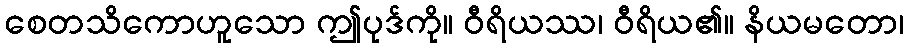
စေတသိကောဟူသော ဤပုဒ်ကို။ ဝီရိယဿ၊ ဝီရိယ၏။ နိယမတော၊